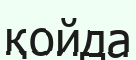
қойда